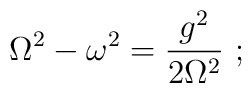
\displaystyle{ {\rm \Omega}^2-\omega^2 = { g^2 \over 2{\rm \Omega}^2} \ ;  }